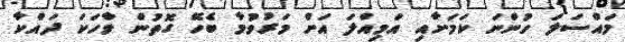
މައްސަލަ ހުންނަ ކަމަށާއި އަމިއްލަ އަށް މަރުވުމާ ބެހޭ ގޮތުން ވާހަކަ ދައްކާ